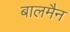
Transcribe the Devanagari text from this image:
बालमैन